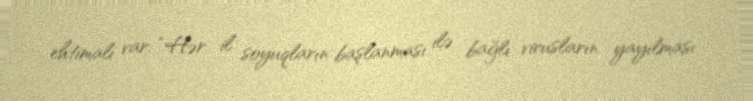
ehtimalı var: “Hər il soyuqların başlanması ilə bağlı virusların yayılması